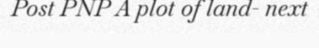
Post PNP A plot of land- next